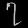
Digit: ၇